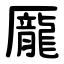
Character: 龎